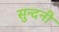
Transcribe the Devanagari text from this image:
सुन्दनी